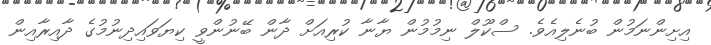
އިށިންނަމުން ބުނެލިއެވެ. ސްކޫލް ނިމުމުން ޔާނާ ކުރިއަށް ދާން ބޭނުންވީ ކިޔަވައިދިނުމުގެ ދާއިރާއިން